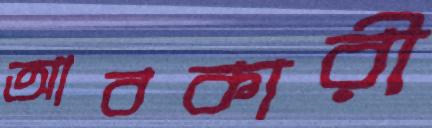
আবকারী